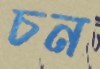
চন